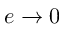
e \to 0